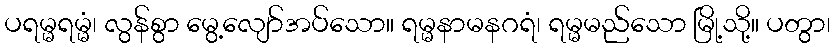
ပရမ္မရမ္မံ၊ လွန်စွာ မွေ့လျော်အပ်သော။ ရမ္မနာမနဂရံ၊ ရမ္မမည်သော မြို့သို့။ ပတွာ၊